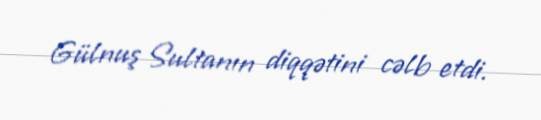
Gülnuş Sultanın diqqətini cəlb etdi.